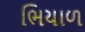
ભિયાળ